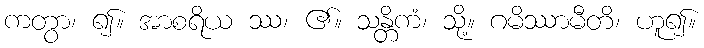
ကတွာ၊ ၍။ အာစရိယ ဿ၊ ၏။ သန္တိကံ၊ သို့။ ဂမိဿာမီတိ၊ ဟူ၍။